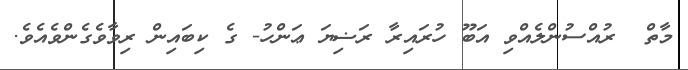
މާތް  ރުއްސުންލެއްވި އަބޫ ހުރައިރާ ރަޟިޔަ ޢަންހު- ގެ ކިބައިން ރިވާވެގެންވެއެވެ.